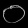
Digit: ၀